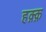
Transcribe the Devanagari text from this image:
हक़्क़